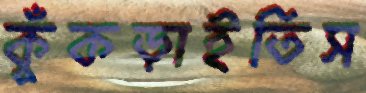
কুঁকড়াইতিস